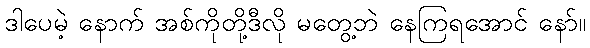
ဒါပေမဲ့ နောက် အစ်ကိုတို့ဒီလို မတွေ့ဘဲ နေကြရအောင် နော်။